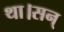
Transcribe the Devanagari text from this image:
था।सन्